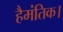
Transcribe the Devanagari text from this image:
हैमंतिक।